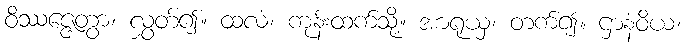
ဝိဿဇ္ဇေတွာ၊ လွှတ်၍။ ထလံ၊ ကုန်းထက်သို့။ အာရုယှ၊ တက်၍။ ဌာနံဝိယ၊